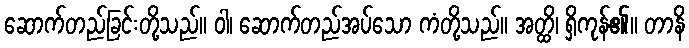
ဆောက်တည်ခြင်းတို့သည်။ ဝါ၊ ဆောက်တည်အပ်သော ကံတို့သည်။ အတ္ထိ၊ ရှိကုန်၏။ တာနိ